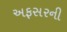
અફસરની